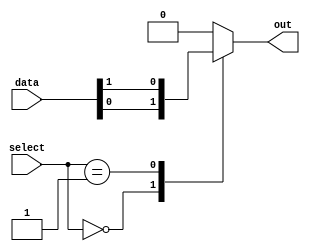
module mux512_1(
    input [511:0] data,
    input [8:0] select,
    output reg out
);

always @(select) begin
    case (select)
        9'h000 : out = data[0];
        9'h001 : out = data[1];
        // Add cases for all 512 inputs
        // Ex: 9'h1FF : out = data[255];
        default: out = 0; // Default output when select value is invalid
    endcase
end

endmodule